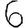
Digit: 6